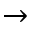
\rightarrow